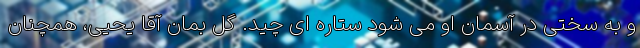
و به سختی در آسمان او می شود ستاره ای چید. گل بمان آقا یحیی، همچنان